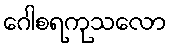
ဂေါစရကုသလော